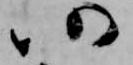
仍